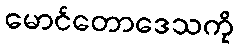
မောင်တောဒေသကို